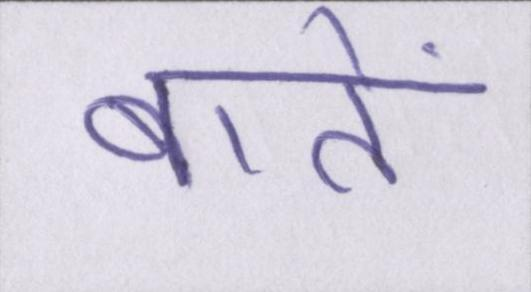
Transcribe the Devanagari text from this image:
बातें